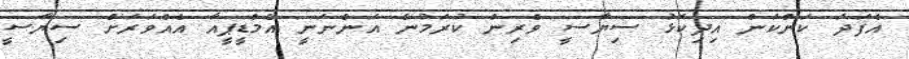
އެފަދަ ކަންކަން އިދިކޮޅު ސިޔާސީ ވެރިން ކުރަމުން އަންނަނީ އެމްޑީޕީއާ އެއްވަރަށް ސިޔާސީ